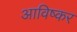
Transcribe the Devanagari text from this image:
आविष्कर